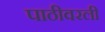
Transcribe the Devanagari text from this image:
पाठीवरली